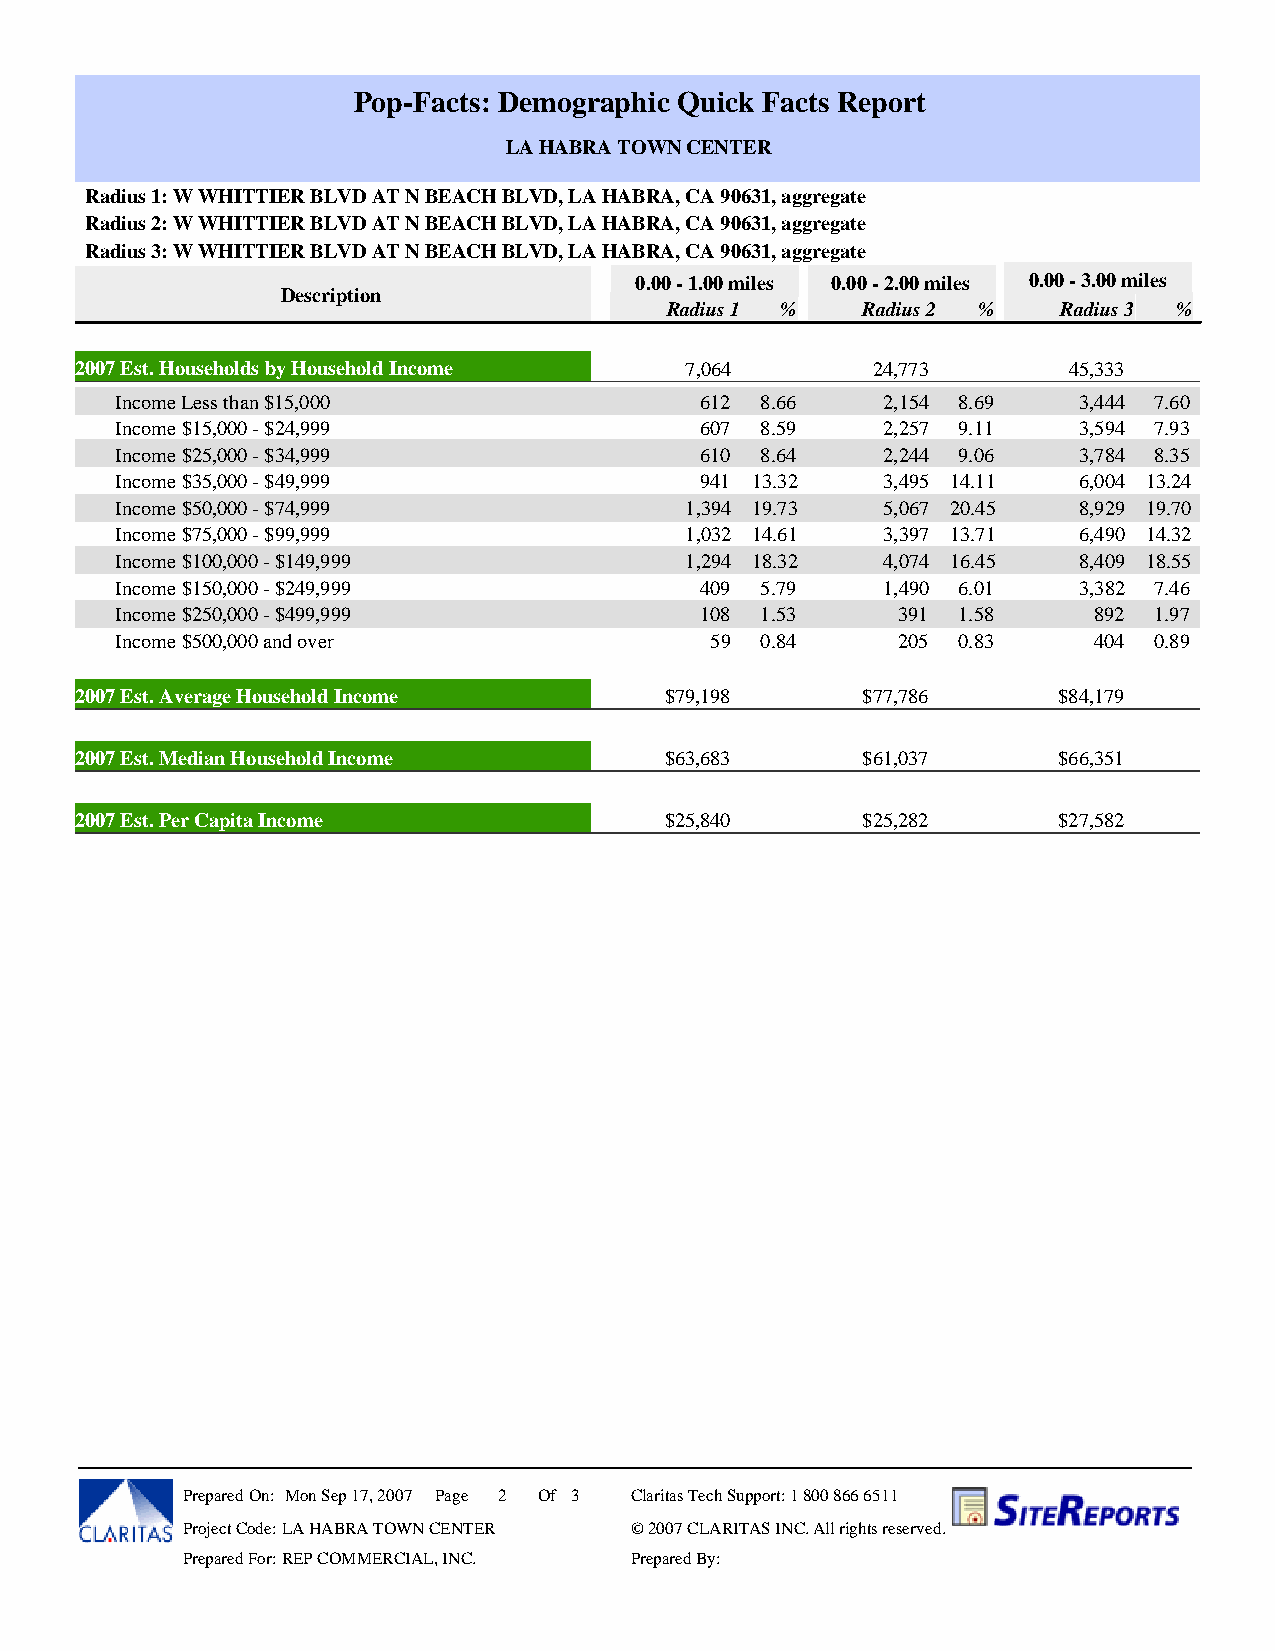
Pop-Facts: Demographic Quick Facts Report
 LA HABRA TOWN CENTER
 Radius 1: W WHITTIER BLVD AT N BEACH BLVD, LA HABRA, CA 90631, aggregate
 Radius 2: W WHITTIER BLVD AT N BEACH BLVD, LA HABRA, CA 90631, aggregate
 Radius 3: W WHITTIER BLVD AT N BEACH BLVD, LA HABRA, CA 90631, aggregate
 0.00 - 1.00 miles 0.00 - 2.00 miles 0.00 - 3.00 miles
 Description
 Radius 1 %   Radius 2 %   Radius 3 %
 2007 Est. Households by Household Income 7,064       24,773       45,333
 Income Less than $15,000              612 8.66    2,154 8.69   3,444 7.60
 Income $15,000 - $24,999              607 8.59    2,257 9.11   3,594 7.93
 Income $25,000 - $34,999              610 8.64    2,244 9.06   3,784 8.35
 Income $35,000 - $49,999              941 13.32   3,495 14.11  6,004 13.24
 Income $50,000 - $74,999             1,394 19.73  5,067 20.45  8,929 19.70
 Income $75,000 - $99,999             1,032 14.61  3,397 13.71  6,490 14.32
 Income $100,000 - $149,999           1,294 18.32  4,074 16.45  8,409 18.55
 Income $150,000 - $249,999            409 5.79    1,490 6.01   3,382 7.46
 Income $250,000 - $499,999            108 1.53     391 1.58     892 1.97
 Income $500,000 and over               59 0.84     205 0.83     404 0.89
 2007 Est. Average Household Income     $79,198      $77,786      $84,179
 2007 Est. Median Household Income      $63,683      $61,037      $66,351
 2007 Est. Per Capita Income            $25,840      $25,282      $27,582
 Prepared On: Mon Sep 17, 2007 Page 2 Of 3 Claritas Tech Support: 1 800 866 6511
 Project Code: LA HABRA TOWN CENTER © 2007 CLARITAS INC. All rights reserved.
 Prepared For: REP COMMERCIAL, INC. Prepared By: